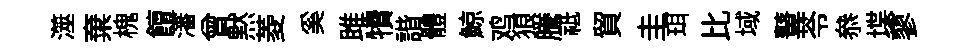
澨棄槐饘瀋曾黙菱奚雎犢諧體鯨鸡狼騰祗貿圭珥比域鼙苓叅堞蓼